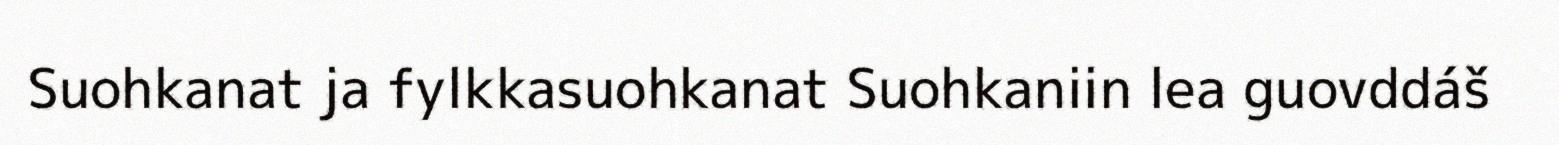
Suohkanat ja fylkkasuohkanat Suohkaniin lea guovddáš